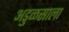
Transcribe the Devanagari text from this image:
अडुळसाला